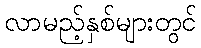
လာမည့်နှစ်များတွင်